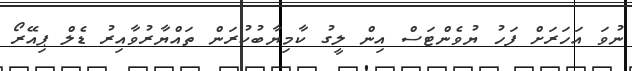
ނުވަ އަހަރަށް ފަހު ޔުވެންޓަސް އިން ލީގު ކާމިޔާބުކުރަން ތައްޔާރުވާއިރު ޑެލް ޕިއޭރޯ